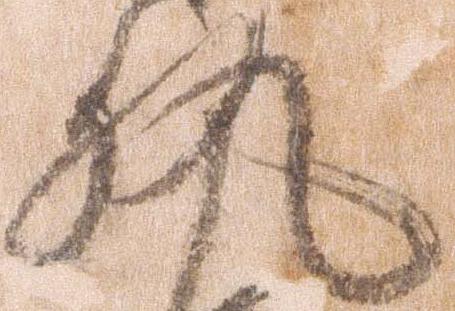
執